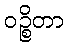
ဝဉ္စိတာ